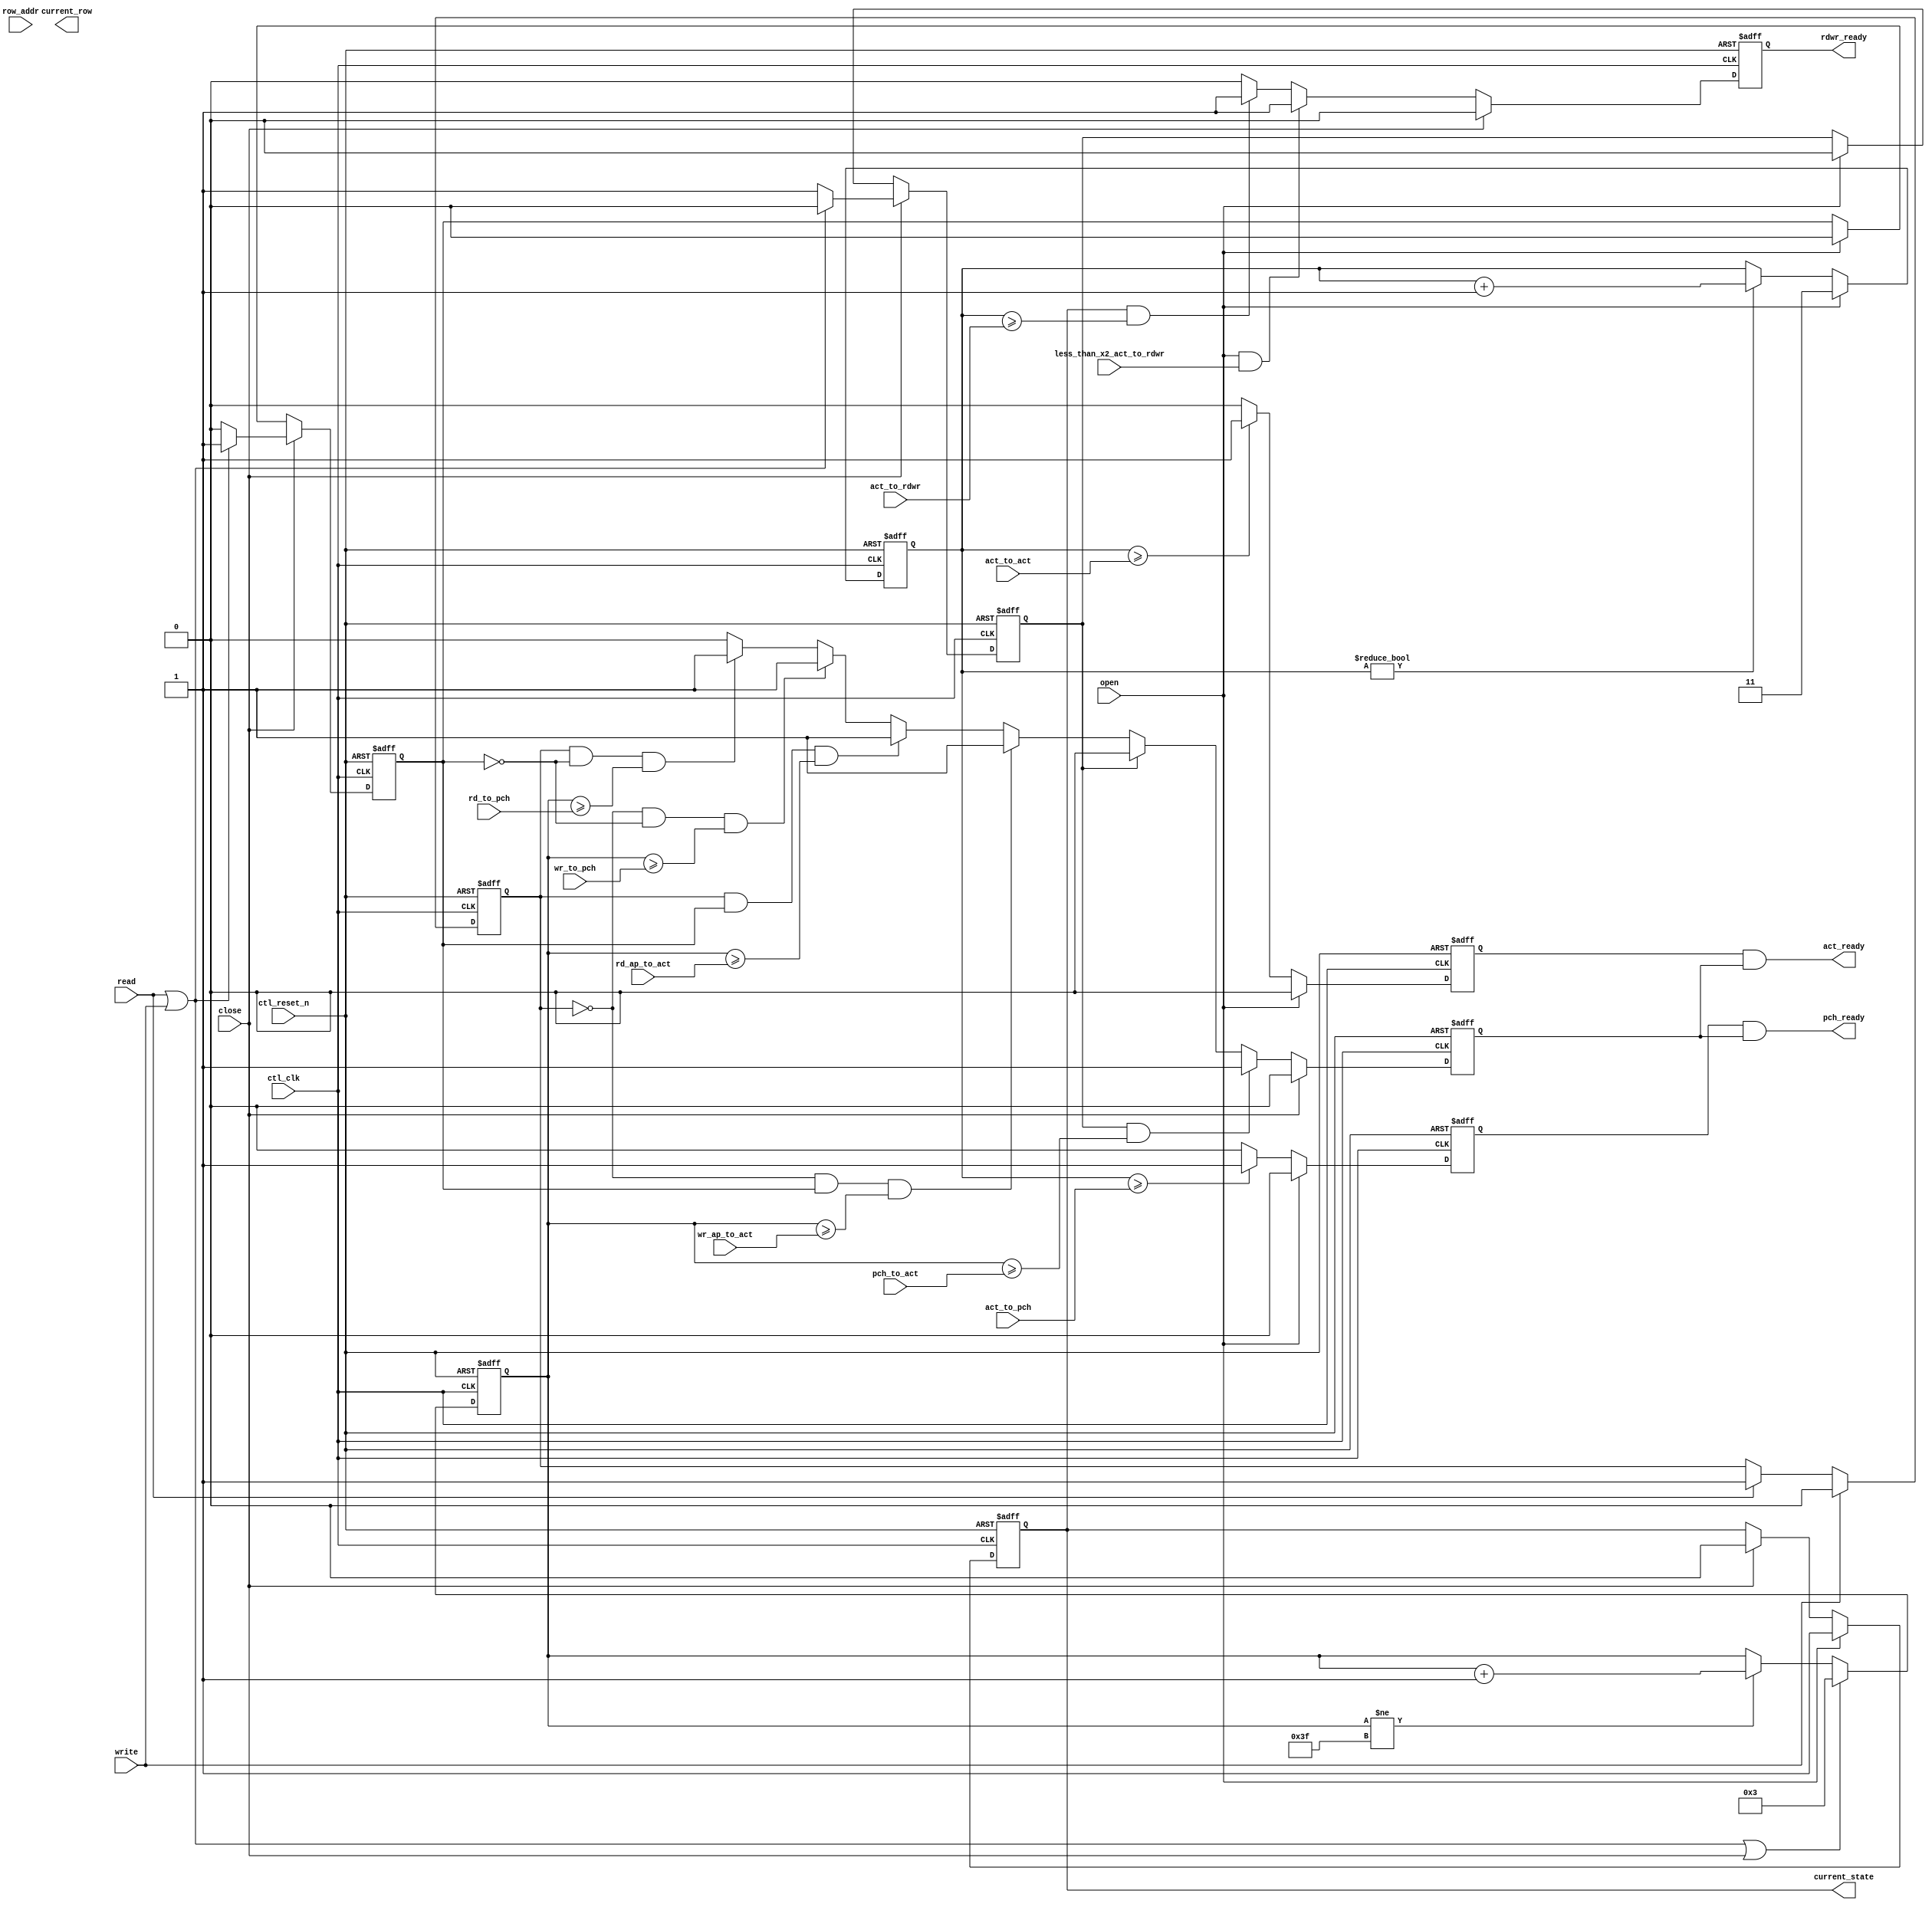
module ddr2_v10_1_alt_ddrx_bank_timer_info #
    ( parameter
        ACT_TO_RDWR_WIDTH         = 0,     
        ACT_TO_ACT_WIDTH          = 0,     
        ACT_TO_PCH_WIDTH          = 0,     
        RD_TO_PCH_WIDTH           = 0,     
        WR_TO_PCH_WIDTH           = 0,     
        RD_AP_TO_ACT_WIDTH        = 0,     
        WR_AP_TO_ACT_WIDTH        = 0,     
        PCH_TO_ACT_WIDTH          = 0,     
        
        BANK_TIMER_COUNTER_OFFSET = 3,
        
        MEM_IF_ROW_WIDTH          = 16,
        CLOSE_PAGE_POLICY         = 1
    )
    (
        ctl_clk,
        ctl_reset_n,
        
        act_to_rdwr,
        act_to_act,
        act_to_pch,
        rd_to_pch,
        wr_to_pch,
        rd_ap_to_act,
        wr_ap_to_act,
        pch_to_act,
        
        less_than_x2_act_to_rdwr,
        
        open,
        close,
        read,
        write,
        row_addr,
        
        current_state,
        current_row,
        rdwr_ready,
        act_ready,
        pch_ready
    );

input  ctl_clk;
input  ctl_reset_n;

input  [ACT_TO_RDWR_WIDTH   - 1 : 0] act_to_rdwr;
input  [ACT_TO_ACT_WIDTH    - 1 : 0] act_to_act;
input  [ACT_TO_PCH_WIDTH    - 1 : 0] act_to_pch;
input  [RD_TO_PCH_WIDTH     - 1 : 0] rd_to_pch;
input  [WR_TO_PCH_WIDTH     - 1 : 0] wr_to_pch;
input  [RD_AP_TO_ACT_WIDTH  - 1 : 0] rd_ap_to_act;
input  [WR_AP_TO_ACT_WIDTH  - 1 : 0] wr_ap_to_act;
input  [PCH_TO_ACT_WIDTH    - 1 : 0] pch_to_act;

input  less_than_x2_act_to_rdwr;

input                             open;
input                             close;
input                             read;
input                             write;
input  [MEM_IF_ROW_WIDTH - 1 : 0] row_addr;

output                            current_state; 
output [MEM_IF_ROW_WIDTH - 1 : 0] current_row;
output                            rdwr_ready;
output                            act_ready;
output                            pch_ready;


/*------------------------------------------------------------------------------

    [START] Registers & Wires

------------------------------------------------------------------------------*/
    localparam ACT_COUNTER_WIDTH     = ACT_TO_ACT_WIDTH; 
    localparam GENERAL_COUNTER_WIDTH = 6;                
    
    reg                              current_state;
    reg   [MEM_IF_ROW_WIDTH - 1 : 0] current_row;
    reg                              rdwr_ready;
    reg                              act_ready;
    reg                              pch_ready;
    reg                              doing_read;
    reg                              doing_auto_precharge;
    reg                              doing_precharge;
    
    reg   int_act_to_act_ready;
    reg   int_act_to_pch_ready;
    reg   int_rdwr_to_valid_ready;
    
    reg   [ACT_COUNTER_WIDTH     - 1 : 0] act_counter;
    reg   [GENERAL_COUNTER_WIDTH - 1 : 0] general_counter;
/*------------------------------------------------------------------------------

    [END] Registers & Wires

------------------------------------------------------------------------------*/


/*------------------------------------------------------------------------------

    [START] General Logics

------------------------------------------------------------------------------*/
    always @ (posedge ctl_clk or negedge ctl_reset_n)
    begin
        if (!ctl_reset_n)
        begin
            act_counter <= 0;
        end
        else
        begin
            if (open)
                act_counter <= BANK_TIMER_COUNTER_OFFSET;
            else if (act_counter != {ACT_COUNTER_WIDTH{1'b1}})
                act_counter <= act_counter + 1'b1;
        end
    end
    
    always @ (posedge ctl_clk or negedge ctl_reset_n)
    begin
        if (!ctl_reset_n)
        begin
            general_counter <= 0;
        end
        else
        begin
            if (read || write || close)
                general_counter <= BANK_TIMER_COUNTER_OFFSET;
            else if (general_counter != {GENERAL_COUNTER_WIDTH{1'b1}})
                general_counter <= general_counter + 1'b1;
        end
    end
    
    always @ (posedge ctl_clk or negedge ctl_reset_n)
    begin
        if (!ctl_reset_n)
            doing_read <= 1'b0;
        else
        begin
            if (write)
                doing_read  <= 1'b0;
            else if (read)
                doing_read  <= 1'b1;
        end
    end
    
    always @ (posedge ctl_clk or negedge ctl_reset_n)
    begin
        if (!ctl_reset_n)
        begin
            doing_auto_precharge <= 1'b0;
            doing_precharge      <= 1'b0;
        end
        else
        begin
            if (close)
            begin
                if (read || write)
                begin
                    doing_auto_precharge <= 1'b1;
                    doing_precharge      <= 1'b0;
                end
                else
                begin
                    doing_auto_precharge <= 1'b0;
                    doing_precharge      <= 1'b1;
                end
            end
            else if (open)
            begin
                doing_auto_precharge <= 1'b0;
                doing_precharge      <= 1'b0;
            end
        end
    end
    
    /*------------------------------------------------------------------------------
        Bank Status
    ------------------------------------------------------------------------------*/
    always @ (posedge ctl_clk or negedge ctl_reset_n)
    begin
        if (!ctl_reset_n)
        begin
            current_state <= 1'b0;
        end
        else
        begin
            if (open)
                current_state <= 1'b1;
            else if (close)
                current_state <= 1'b0;
        end
    end
    
    /*------------------------------------------------------------------------------
        ACT to RD/WR (tRCD)
    ------------------------------------------------------------------------------*/
    always @ (posedge ctl_clk or negedge ctl_reset_n)
    begin
        if (!ctl_reset_n)
        begin
            rdwr_ready <= 1'b0;
        end
        else
        begin
            if (close)
                rdwr_ready <= 1'b0;
            else if (open && less_than_x2_act_to_rdwr)
                rdwr_ready <= 1'b1;
            else if (current_state && act_counter >= act_to_rdwr) 
                rdwr_ready <= 1'b1;
            else
                rdwr_ready <= 1'b0;
        end
    end
    
    /*------------------------------------------------------------------------------
        ACT to ACT (tRC)
    ------------------------------------------------------------------------------*/
    always @ (posedge ctl_clk or negedge ctl_reset_n)
    begin
        if (!ctl_reset_n)
        begin
            int_act_to_act_ready <= 1'b1;
        end
        else
        begin
            if (open) 
                int_act_to_act_ready <= 1'b0;
            else if (act_counter >= act_to_act)
                int_act_to_act_ready <= 1'b1;
            else
                int_act_to_act_ready <= 1'b0;
        end
    end
    
    
    
    /*------------------------------------------------------------------------------
        RD/WR(AP) to VALID
    ------------------------------------------------------------------------------*/
    always @ (posedge ctl_clk or negedge ctl_reset_n)
    begin
        if (!ctl_reset_n)
        begin
            int_rdwr_to_valid_ready <= 1'b0;
        end
        else
        begin
            if (close)
                int_rdwr_to_valid_ready <= 1'b0; 
            else
            begin
                if (doing_precharge && general_counter >= pch_to_act) 
                    int_rdwr_to_valid_ready <= 1'b1;
                else if (!doing_precharge)
                begin
                    if (!doing_read &&  doing_auto_precharge && general_counter >= wr_ap_to_act) 
                        int_rdwr_to_valid_ready <= 1'b1;
                    else if ( doing_read &&  doing_auto_precharge && general_counter >= rd_ap_to_act) 
                        int_rdwr_to_valid_ready <= 1'b1;
                    else if (!doing_read && !doing_auto_precharge && general_counter >= wr_to_pch)    
                        int_rdwr_to_valid_ready <= 1'b1;
                    else if ( doing_read && !doing_auto_precharge && general_counter >= rd_to_pch)    
                        int_rdwr_to_valid_ready <= 1'b1;
                    else
                        int_rdwr_to_valid_ready <= 1'b0;
                end
                else
                    int_rdwr_to_valid_ready <= 1'b0;
            end
        end
    end
    
    /*------------------------------------------------------------------------------
        ACT to PCH (tRAS)
    ------------------------------------------------------------------------------*/
    always @ (posedge ctl_clk or negedge ctl_reset_n)
    begin
        if (!ctl_reset_n)
        begin
            int_act_to_pch_ready <= 1'b0;
        end
        else
        begin
            if (open) 
                int_act_to_pch_ready <= 1'b0;
            else if (act_counter >= act_to_pch)
                int_act_to_pch_ready <= 1'b1;
            else
                int_act_to_pch_ready <= 1'b0;
        end
    end
    
    /*------------------------------------------------------------------------------
        ACT/PCH Ready
    ------------------------------------------------------------------------------*/
    always @ (*)
    begin
        act_ready = int_act_to_act_ready & int_rdwr_to_valid_ready;
    end
    
    always @ (*)
    begin
        pch_ready = int_act_to_pch_ready & int_rdwr_to_valid_ready;
    end
    
/*------------------------------------------------------------------------------

    [END] General Logics

------------------------------------------------------------------------------*/









endmodule